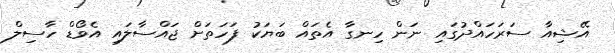
އޭޝިއާ ސަރަހައްދުގައި ނަން ހިނގާ އެތައް ބަޔަކު ފަހަތަށް ޖައްސާލައި އެވޯޑް ހާސިލް